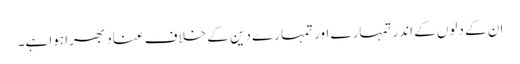
ان کے دلوں کے اندر تمہارے اور تمہارے دین کے خلاف عناد بھرا ہوا ہے۔